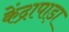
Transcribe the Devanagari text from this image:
केंद्रापाड़ा